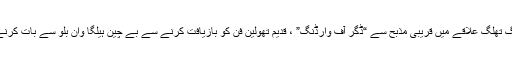
ٹیکنالوجی ، کامیاب. بی جے کی آمد سے کچھ دیر قبل ، زیمف چرچ کے ایک الگ تھلگ علاقے میں قریبی مذبح سے “ڈگر آف وارڈنگ” ، قدیم تھولین فن کو بازیافت کرنے سے بے چین ہیلگا وان بلو سے بات کرنے کی کوشش کرتا ہے ، لیکن وہ اسے گولی مار دیتی ہے اور آگے بڑھ جاتی ہے۔